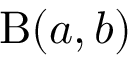
\textstyle \mathrm { \mathrm { B } } ( a , b )